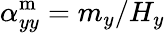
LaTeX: \alpha_{yy}^{\mathrm{m}}=m_{y}/H_{y}